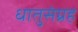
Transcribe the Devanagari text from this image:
धातुसंग्रह